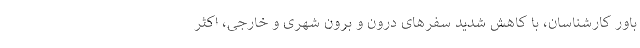
باور کارشناسان، با کاهش شدید سفرهای درون و برون شهری و خارجی، اکثر